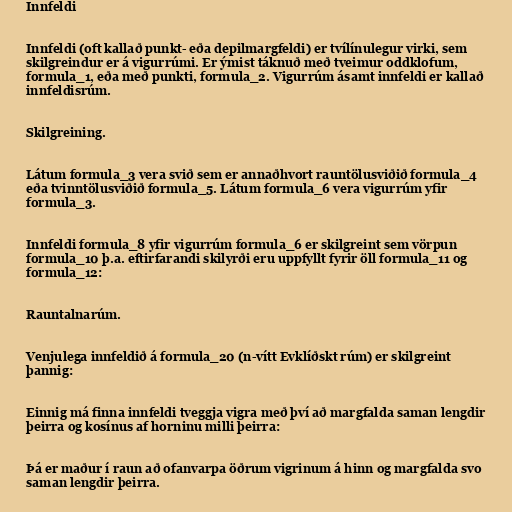
Innfeldi

Innfeldi (oft kallað punkt- eða depilmargfeldi) er tvílínulegur virki, sem
skilgreindur er á vigurrúmi. Er ýmist táknuð með tveimur oddklofum,
formula_1, eða með punkti, formula_2. Vigurrúm ásamt innfeldi er kallað
innfeldisrúm.

Skilgreining.

Látum formula_3 vera svið sem er annaðhvort rauntölusviðið formula_4
eða tvinntölusviðið formula_5. Látum formula_6 vera vigurrúm yfir
formula_3.

Innfeldi formula_8 yfir vigurrúm formula_6 er skilgreint sem vörpun
formula_10 þ.a. eftirfarandi skilyrði eru uppfyllt fyrir öll formula_11 og
formula_12:

Rauntalnarúm.

Venjulega innfeldið á formula_20 (n-vítt Evklíðskt rúm) er skilgreint
þannig:

Einnig má finna innfeldi tveggja vigra með því að margfalda saman lengdir
þeirra og kosínus af horninu milli þeirra:

Þá er maður í raun að ofanvarpa öðrum vigrinum á hinn og margfalda svo
saman lengdir þeirra.